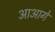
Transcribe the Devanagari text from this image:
आआगे